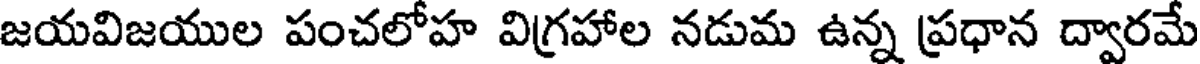
జయవిజయుల పంచలోహ విగ్రహాల నడుమ ఉన్న ప్రధాన ద్వారమే